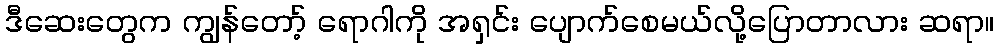
ဒီဆေးတွေက ကျွန်တော့် ရောဂါကို အရှင်း ပျောက်စေမယ်လို့ပြောတာလား ဆရာ။